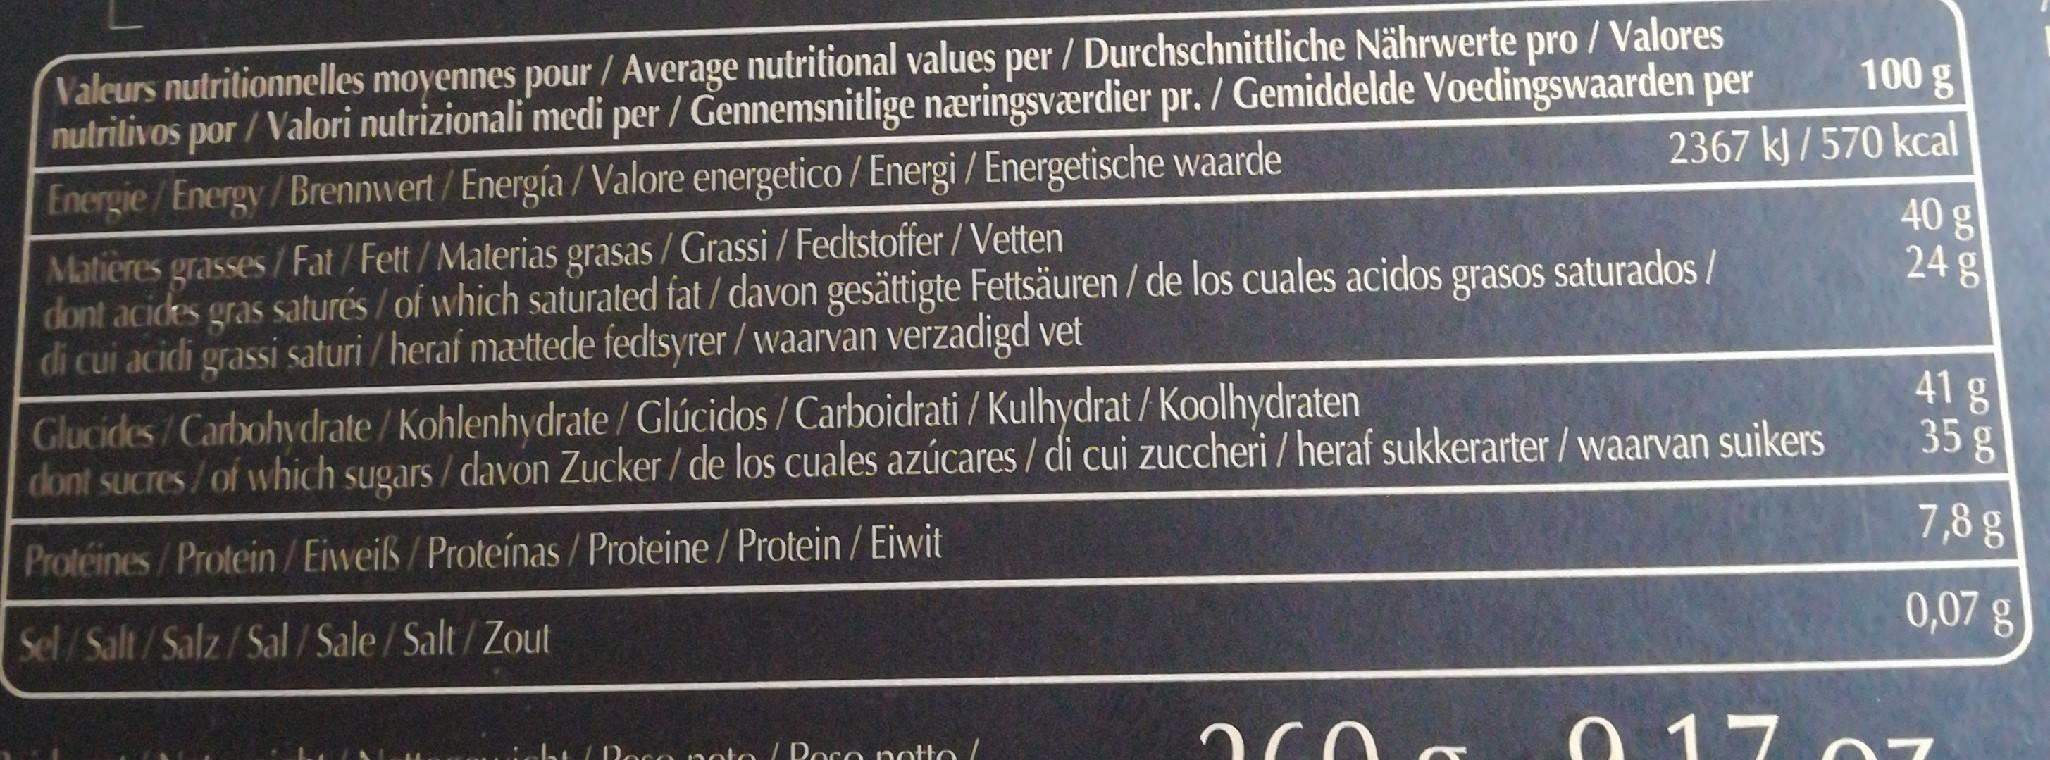
Valeurs nutritionnelles moyennes pour / Average nutritional values per / Durchschnittliche Nährwerte pro / Valores nutrilivos por / Valori nutrizionali medi per / Gennemsnitlige næringsværdier pr. / Gemiddelde Voedingswaarden per Energie/Energy/Brennwert/Energía/Valore energetico / Energi / Energetische waarde
100 g
2367 kJ / 570 kcal
40 g 24 g
Matières grasses/Fat/Fett/Materias grasas / Grassi / Fedtstoffer/Vetten dont acides gras saturés / of which saturated fat / davon gesättigte Fettsäuren / de los cuales acidos grasos saturados / di cui acidi grassi saturi / heraf mættede fedtsyrer/waarvan verzadigd vet
Glucides/Carbohydrate/Kohlenhydrate/Glúcidos / Carboidrati / Kulhydrat / Koolhydraten dont sucres/of which sugars / davon Zucker/ de los cuales azúcares / di cui zuccheri / heraf sukkerarter /waarvan suikers
41 g 35g
7,8 g
Protéines/Protein/Eiweiß/Proteínas / Proteine / Protein / Eiwit
0,07 g
Sel/Salt/Salz/Sal / Sale/ Salt/Zout
O 17 o7
eht / Doco noto / Doco notto /